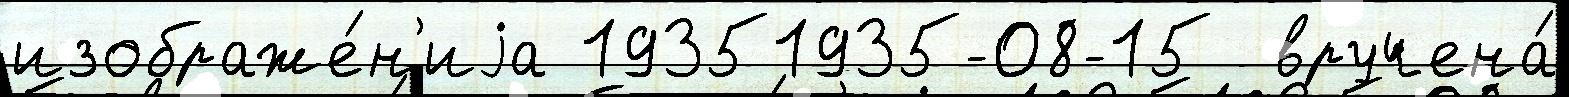
изображе́н'иjа 19351935-08-15  вручена́